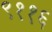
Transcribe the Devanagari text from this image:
९११६